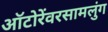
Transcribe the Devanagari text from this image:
ऑटोरेंवरसामलुंग